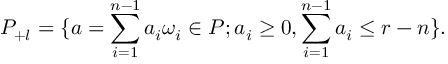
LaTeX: P _ { + l } = \{ a = \sum _ { i = 1 } ^ { n - 1 } a _ { i } \omega _ { i } \in P ; a _ { i } \ge 0 , \sum _ { i = 1 } ^ { n - 1 } a _ { i } \le r - n \} .